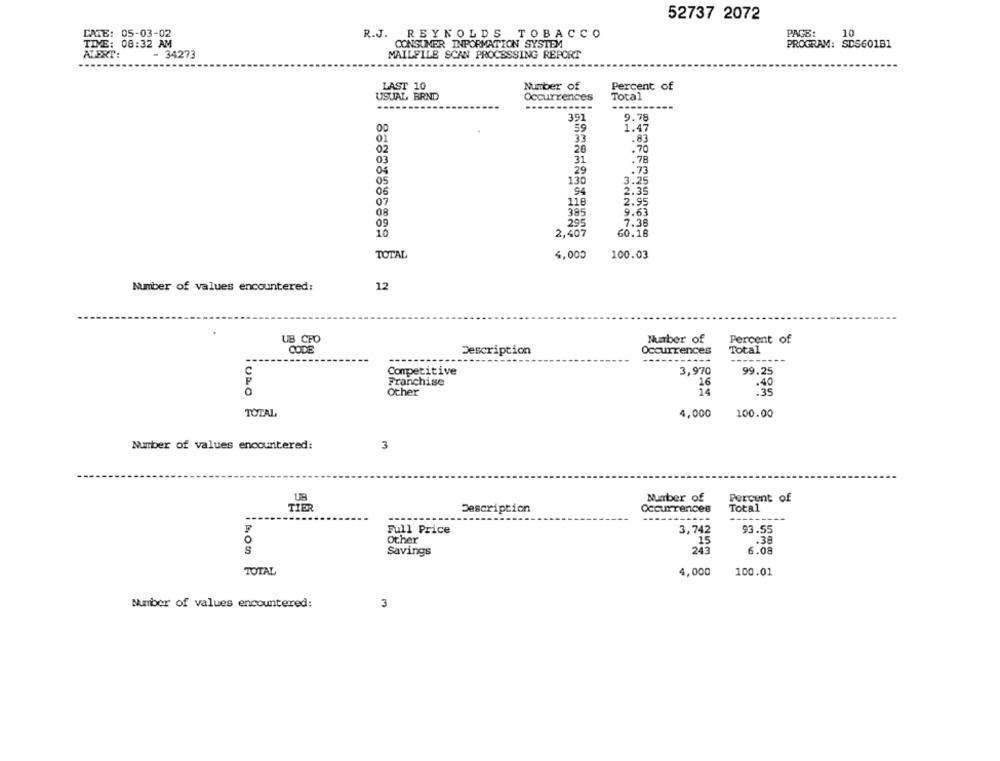
52737 2072
10
CATE: 05-03-02
R.J. REYNOLDS TOBACCO
PAGE:
TIVE: 08:32 AM
CONSUMER INFORMATION SYSTEM
PROGRAM: SDS601B1
AVERT:
- 34273
MAILFILE SCAN PROCESSING REPORT
LAST 10
Number of
Percent of
USUAL BRND
Occurrences
Total
-----------
391
9.78
59
1.47
01
33
.83
02
26
.70
03
31
.78
29
.73
05
130
3.25
94
2.35
06
07
118
2.95
385
9.63
08
295
7.38
09
10
2,407
60.18
TOTAL
4,000
100.03
Number of values encountered:
12
UB CFO
Number of
Percent of
CODE
Description
Occurrences
Total
C
Competitive
3,970
99.25
16
Franchise
.40
Other
14
:35
TOTAL
4,000
100.00
Number of values encountered:
3
UB
Number of
Percent of
TIER
Description
Occurrences
Total
Full Price
3,742
93.55
Other
15
.38
Savings
243
6.08
TOTAL
4,000
100.01
Number of values encountered:
3